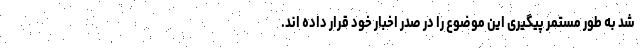
شد به طور مستمر پیگیری این موضوع را در صدر اخبار خود قرار داده اند.